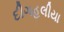
દીગહલીયા